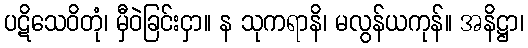
ပဋိသေဝိတုံ၊ မှီဝဲခြင်းငှာ။ န သုကရာနိ၊ မလွန်ယကုန်။ အနိဋ္ဌာ၊